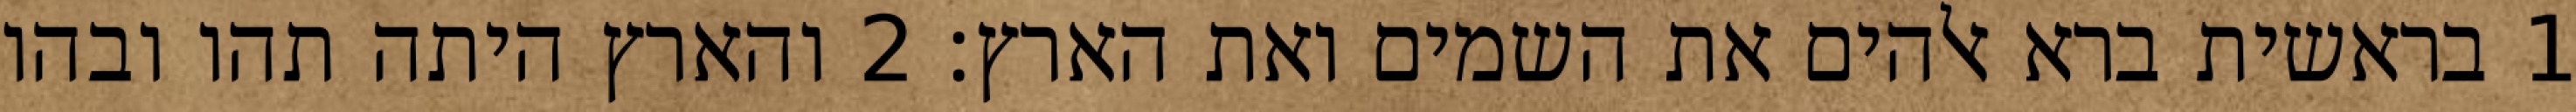
1 בראשית ברא אלהים את השמים ואת הארץ׃ ‎2‏ והארץ היתה תהו ובהו